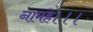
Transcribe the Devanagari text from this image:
नामहे।।।